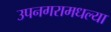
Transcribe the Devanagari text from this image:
उपनगरामधल्या